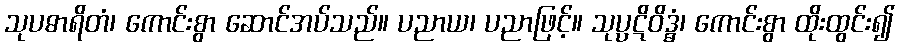
သုပဓာရိတံ၊ ကောင်းစွာ ဆောင်အပ်သည်။ ပညာယ၊ ပညာဖြင့်။ သုပ္ပဋိဝိဒ္ဓံ၊ ကောင်းစွာ ထိုးထွင်း၍